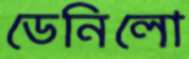
ডেনিলো